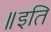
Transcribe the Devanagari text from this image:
॥इति